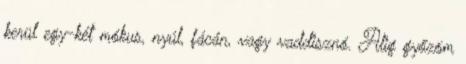
kerül egy-két mókus, nyúl, fácán, vagy vaddisznó. Alig győzöm